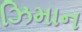
ઝિમાન